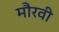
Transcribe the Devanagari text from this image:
मौरवी